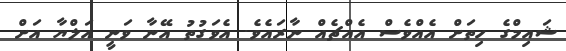
ޝައިމްގެ ހިތަށް އެއްވެސް އެއްޗެއް ނާރައެވެ. އެވަގުތު އޭނާ ވަނީ އަލްޔާ އަށް